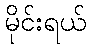
မိုင်းရယ်